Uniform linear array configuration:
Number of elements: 8
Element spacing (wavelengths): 0.5
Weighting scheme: blackman
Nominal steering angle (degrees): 30
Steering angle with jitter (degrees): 28.951
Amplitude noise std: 0.05
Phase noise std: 0.05

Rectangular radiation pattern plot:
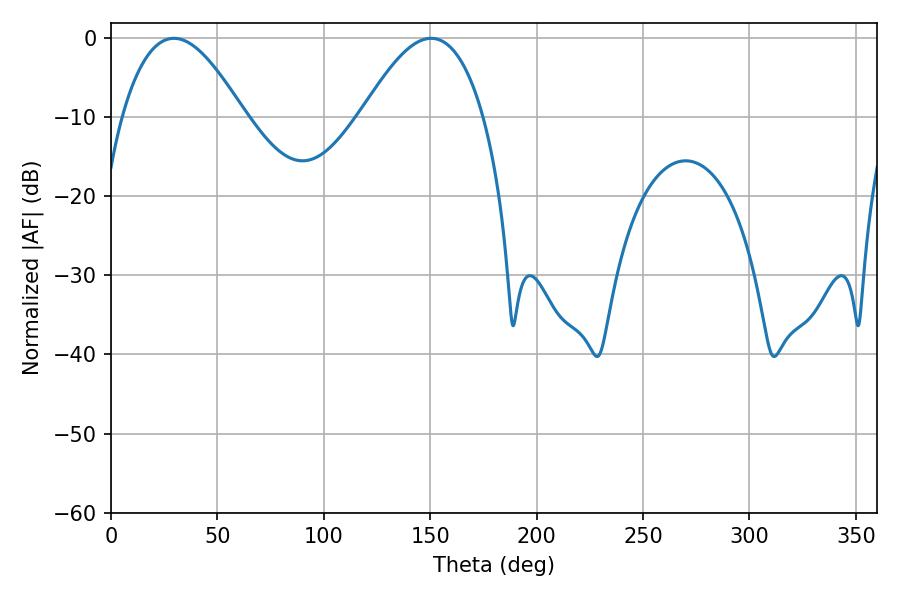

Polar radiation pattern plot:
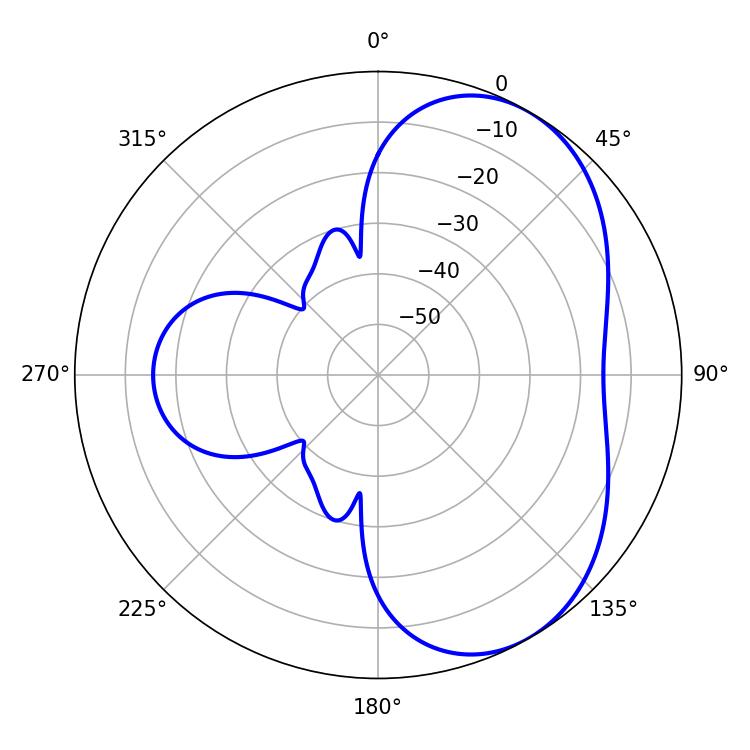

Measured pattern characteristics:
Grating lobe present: FALSE
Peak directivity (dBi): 5.059
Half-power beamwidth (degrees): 31.32
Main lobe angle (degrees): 29.52